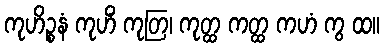
ကုဟိဉ္စနံ ကုဟိံ ကုတြ၊ ကုတ္ထ ကတ္ထ ကဟံ ကွ ထ။